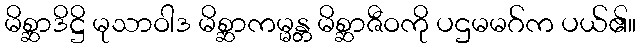
မိစ္ဆာဒိဋ္ဌိ မုသာဝါဒ မိစ္ဆာကမ္မန္တ မိစ္ဆာဇီဝကို ပဌမမဂ်က ပယ်၏။